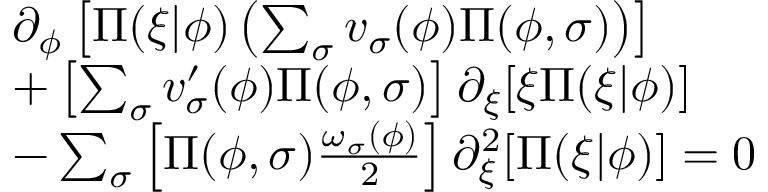
\begin{array} { r l } & { \partial _ { \phi } \left[ \Pi ( \xi \vert \phi ) \left( \sum _ { \sigma } v _ { \sigma } ( \phi ) \Pi ( \phi , \sigma ) \right) \right] } \\ & { + \left[ \sum _ { \sigma } v _ { \sigma } ^ { \prime } ( \phi ) \Pi ( \phi , \sigma ) \right] \partial _ { \xi } [ \xi \Pi ( \xi \vert \phi ) ] } \\ & { - \sum _ { \sigma } \left[ \Pi ( \phi , \sigma ) \frac { \omega _ { \sigma } ( \phi ) } { 2 } \right] \partial _ { \xi } ^ { 2 } [ \Pi ( \xi \vert \phi ) ] = 0 } \end{array}